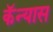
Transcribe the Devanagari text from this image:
कॅन्यास